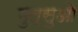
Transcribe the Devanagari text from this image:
मुत्सुओ